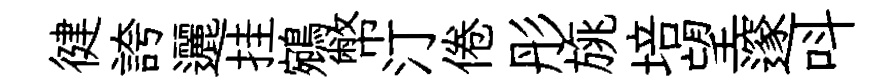
徤誇邐挂鵷幣汀倦彤旐培望邃呌